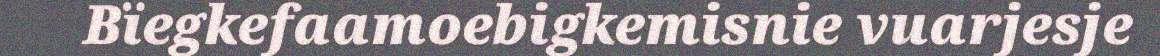
Bïegkefaamoebigkemisnie vuarjesje